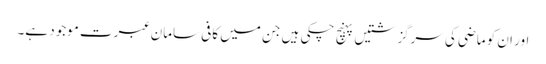
اور ان کو ماضی کی سرگزشتیں پہنچ چکی ہیں جن میں کافی سامان عبرت موجود ہے۔